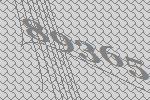
89365